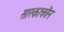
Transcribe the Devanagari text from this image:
सास्काचवैन